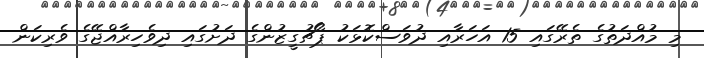
މި މުއްދަތުގެ ތެރޭގައި 15 އަހަރާއި ދުވަސްކޮޅަކު ޕޯޗުގީޒުންގެ ދަށުގައި ދިވެހިރާއްޖޭގެ ވެރިކަން